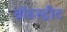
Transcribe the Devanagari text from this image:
ब्रॉडस्ट्रीट